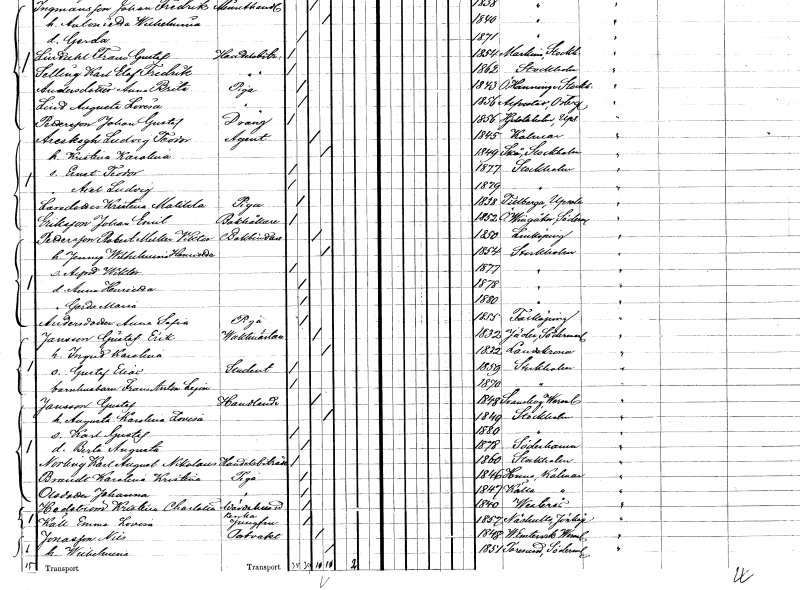
gt_parse: households: individuals: FN: Ludvig Teodor
EN: Areskogh
YRKE: Agent
KON: M
CIV: G
FODAR: 1845
FODFORS: Kalmar Kalmar län
FN: Kristina Karolina
KON: K
CIV: G
FODAR: 1849
FODFORS: Skå Stockholms län
FN: Ernst Teodor
KON: M
CIV: O
FODAR: 1877
FODFORS: Stockholm
FN: Axel Ludvig
KON: M
CIV: O
FODAR: 1879
FODFORS: Stockholm
FN: Kristina Matilda
EN: Larsdotter
YRKE: Piga
KON: K
CIV: O
FODAR: 1838
FODFORS: Tillberga Västmanlands län
FN: Johan Emil
EN: Eriksson
YRKE: Bokhållare
KON: M
CIV: O
FODAR: 1852
FODFORS: Östra Vingåker Södermanlands län
FN: Robert Melker Viktor
EN: Pettersson
YRKE: Bokbindare
KON: M
CIV: G
FODAR: 1850
FODFORS: Linköping Östergötlands län
FN: Jenny Wilhelmina Henrietta
KON: K
CIV: G
FODAR: 1854
FODFORS: Stockholm
FN: Alfred Wiktor
KON: M
CIV: O
FODAR: 1877
FODFORS: Stockholm
FN: Anna Henrietta
KON: K
CIV: O
FODAR: 1878
FODFORS: Stockholm
FN: Gerda Maria
KON: K
CIV: O
FODAR: 1880
FODFORS: Stockholm
FN: Anna Sofia
EN: Andersdotter
YRKE: Piga
KON: K
CIV: O
FODAR: 1855
FODFORS: Falköping Skaraborgs län
FN: Gustaf Erik
EN: Jansson
YRKE: Vaktmästare
KON: M
CIV: G
FODAR: 1832
FODFORS: Jäder Södermanlands län
FN: Ingrid Karolina
KON: K
CIV: G
FODAR: 1832
FODFORS: Landskrona Malmöhus län
FN: Gustaf Elias
YRKE: Student
KON: M
CIV: O
FODAR: 1859
FODFORS: Stockholm
FN: Frans Anton
EN: Lejon
YRKE: Barnhusbarn
KON: M
CIV: O
FODAR: 1870
FODFORS: Stockholm
FN: Gustaf
EN: Jansson
YRKE: Handlande
KON: M
CIV: G
FODAR: 1848
FODFORS: Svanskog Värmlands län
FN: Augusta Karolina Lovisa
KON: K
CIV: G
FODAR: 1849
FODFORS: Stockholm
FN: Karl Gustaf
KON: M
CIV: O
FODAR: 1880
FODFORS: Stockholm
FN: Berta Augusta
KON: K
CIV: O
FODAR: 1878
FODFORS: Söderhamn Gävleborgs län
FN: Karl August Nikolaus
EN: Norberg
YRKE: Handelsbiträde
KON: M
CIV: O
FODAR: 1860
FODFORS: Stockholm
FN: Karolina Kristina
EN: Brandt
YRKE: Piga
KON: K
CIV: O
FODAR: 1846
FODFORS: Vena Kalmar län
FN: Johanna
EN: Olsdotter
YRKE: Piga
KON: K
CIV: O
FODAR: 1847
FODFORS: Källa Kalmar län
FN: Kristina Charlotta
EN: Hedström
YRKE: Värdshusidkerska
KON: K
CIV: O
FODAR: 1840
FODFORS: Västerås Västmanlands län
FN: Emma Lovisa
EN: Käll
YRKE: Jungfru
KON: K
CIV: O
FODAR: 1857
FODFORS: Näshult Jönköpings län
FN: Nils
EN: Jonasson
YRKE: Portvakt
KON: M
CIV: G
FODAR: 1848
FODFORS: Västra Ämtervik Värmlands län
FN: Wilhelmina
KON: K
CIV: G
FODAR: 1851
FODFORS: Toresund Södermanlands län